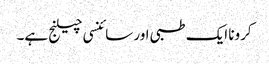
کرونا ایک طبی اور سائنسی چیلنج ہے۔